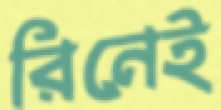
রিনেই